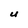
Character: U